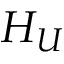
H _ { U }